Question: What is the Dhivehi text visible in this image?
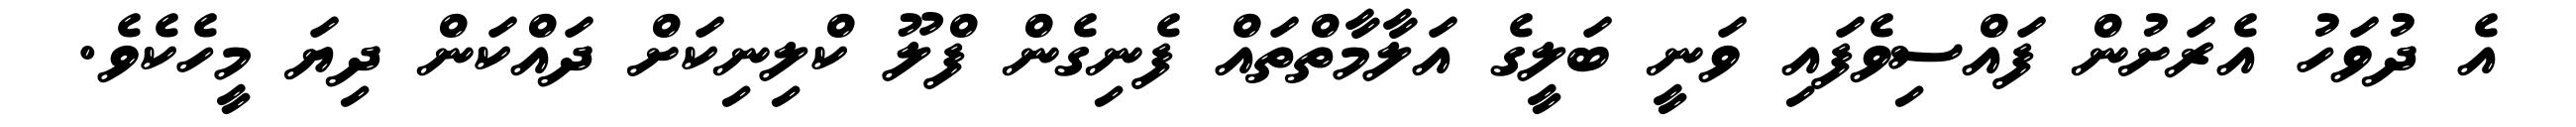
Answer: އެ ދުވަހު އެރަށުން ފައްސިވެފައި ވަނީ ބަލީގެ އަލާމާތްތައް ފެނިގެން ފްލޫ ކްލިނިކަށް ދައްކަން ދިޔަ މީހެކެވެ.